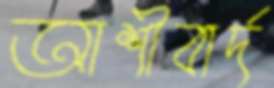
আশীবার্দ